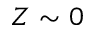
Z \sim 0